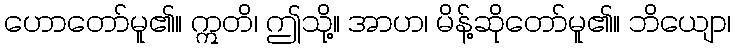
ဟောတော်မူ၏။ ဣတိ၊ ဤသို့။ အာဟ၊ မိန့်ဆိုတော်မူ၏။ ဘိယျော၊